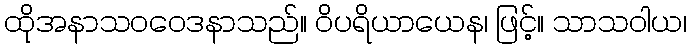
ထိုအနာသဝဝေဒနာသည်။ ဝိပရိယာယေန၊ ဖြင့်။ သာသဝါယ၊